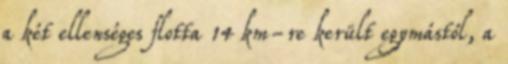
a két ellenséges flotta 14 km-re került egymástól, a